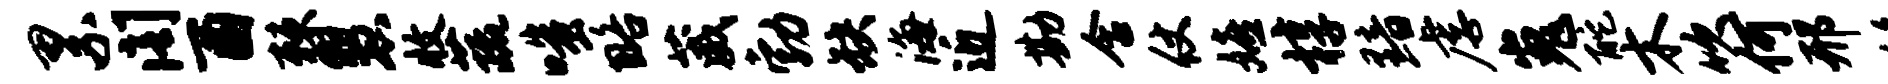
累阁酉棘慧收蔬嗤略葳勃缺海近勘含仗嬉椁黯虐嵬酡木吹何邢移